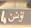
توذن